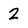
Character: 2